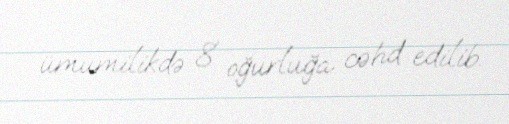
ümumilikdə 8 oğurluğa cəhd edilib.